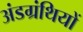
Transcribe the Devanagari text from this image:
अंडग्रंथियों